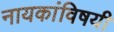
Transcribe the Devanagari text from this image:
नायकांविषयी